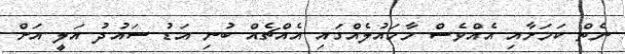
ނެތް ކަމަށާއި އެއްވެސް މާހައުލެއްގައި އެއްޗެއް ބުނި އަޑު ސައުދު އަލީ އަށް